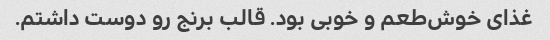
غذای خوش‌طعم و خوبی بود. قالب برنج رو دوست داشتم.